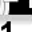
Digit: 1